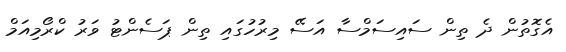
އެގޮތުން ދެ ތިން ސައިސަމްސާ އަސޭ މިރުހުގައި ތިން ޕަސެންޓު ވަރު ކްރޯމިއަމް